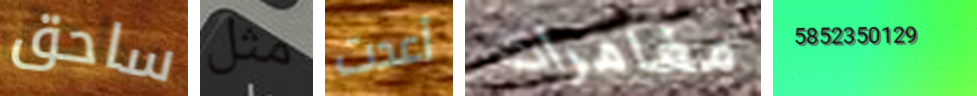
ساحق مثل أعدت مغامرات 5852350129